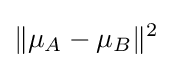
\lVert \mu _{A}-\mu _{B}\rVert ^{2}